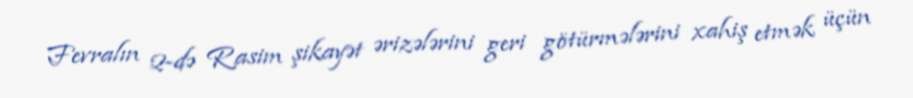
Fevralın 2-də Rasim şikayət ərizələrini geri götürmələrini xahiş etmək üçün